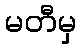
မတီမှ